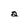
Character: a